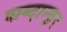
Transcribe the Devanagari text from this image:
शब्दान्कुर